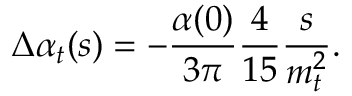
\Delta \alpha _ { t } ( s ) = - { \frac { \alpha ( 0 ) } { 3 \pi } } { \frac { 4 } { 1 5 } } { \frac { s } { m _ { t } ^ { 2 } } } .